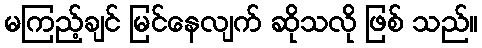
မကြည့်ချင် မြင်နေလျက် ဆိုသလို ဖြစ် သည်။